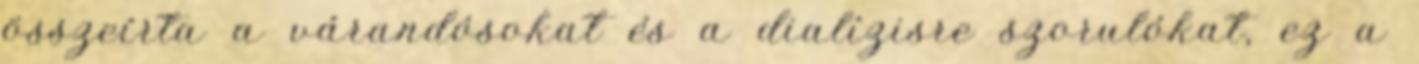
összeírta a várandósokat és a dialízisre szorulókat, ez a